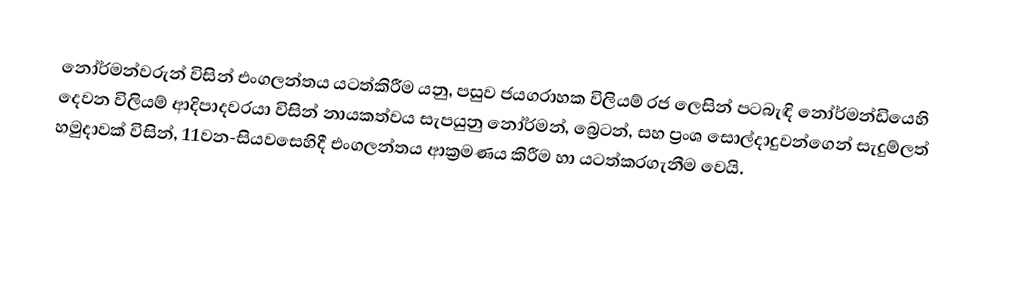
නෝර්මන්වරුන් විසින් එංගලන්තය යටත්කිරීම යනු,  පසුව ජයග‍්‍රාහක විලියම් රජ ලෙසින් පටබැඳි නෝර්මන්ඩියෙහි  දෙවන විලියම් ආදිපාදවරයා විසින් නායකත්වය සැපයුනු නෝර්මන්, බ්‍රෙටන්, සහ ප්‍රංශ සොල්දාදුවන්ගෙන් සැදුම්ලත් හමුදාවක් විසින්, 11වන-සියවසෙහිදී   එංගලන්තය ආක්‍රමණය කිරීම හා යටත්කරගැනීම වෙයි.